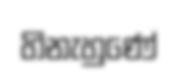
හිනැහුණේ